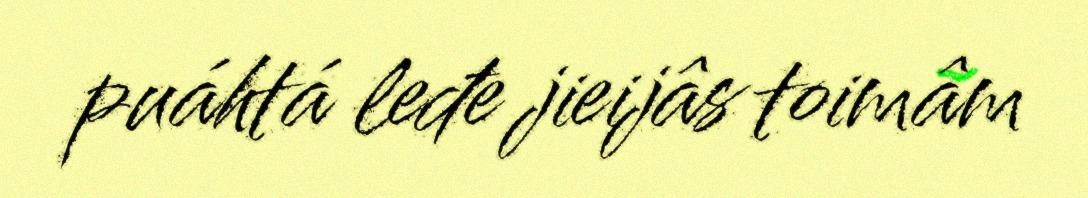
puáhtá leđe jieijâs toimâm